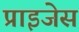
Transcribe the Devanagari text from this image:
प्राइजेस